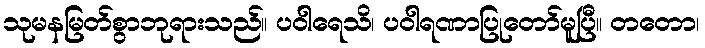
သုမနမြတ်စွာဘုရားသည်။ ပဝါရေသိ၊ ပဝါရဏာပြုတော်မူပြီ။ တတော၊